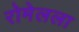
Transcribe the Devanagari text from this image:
रोमेलला